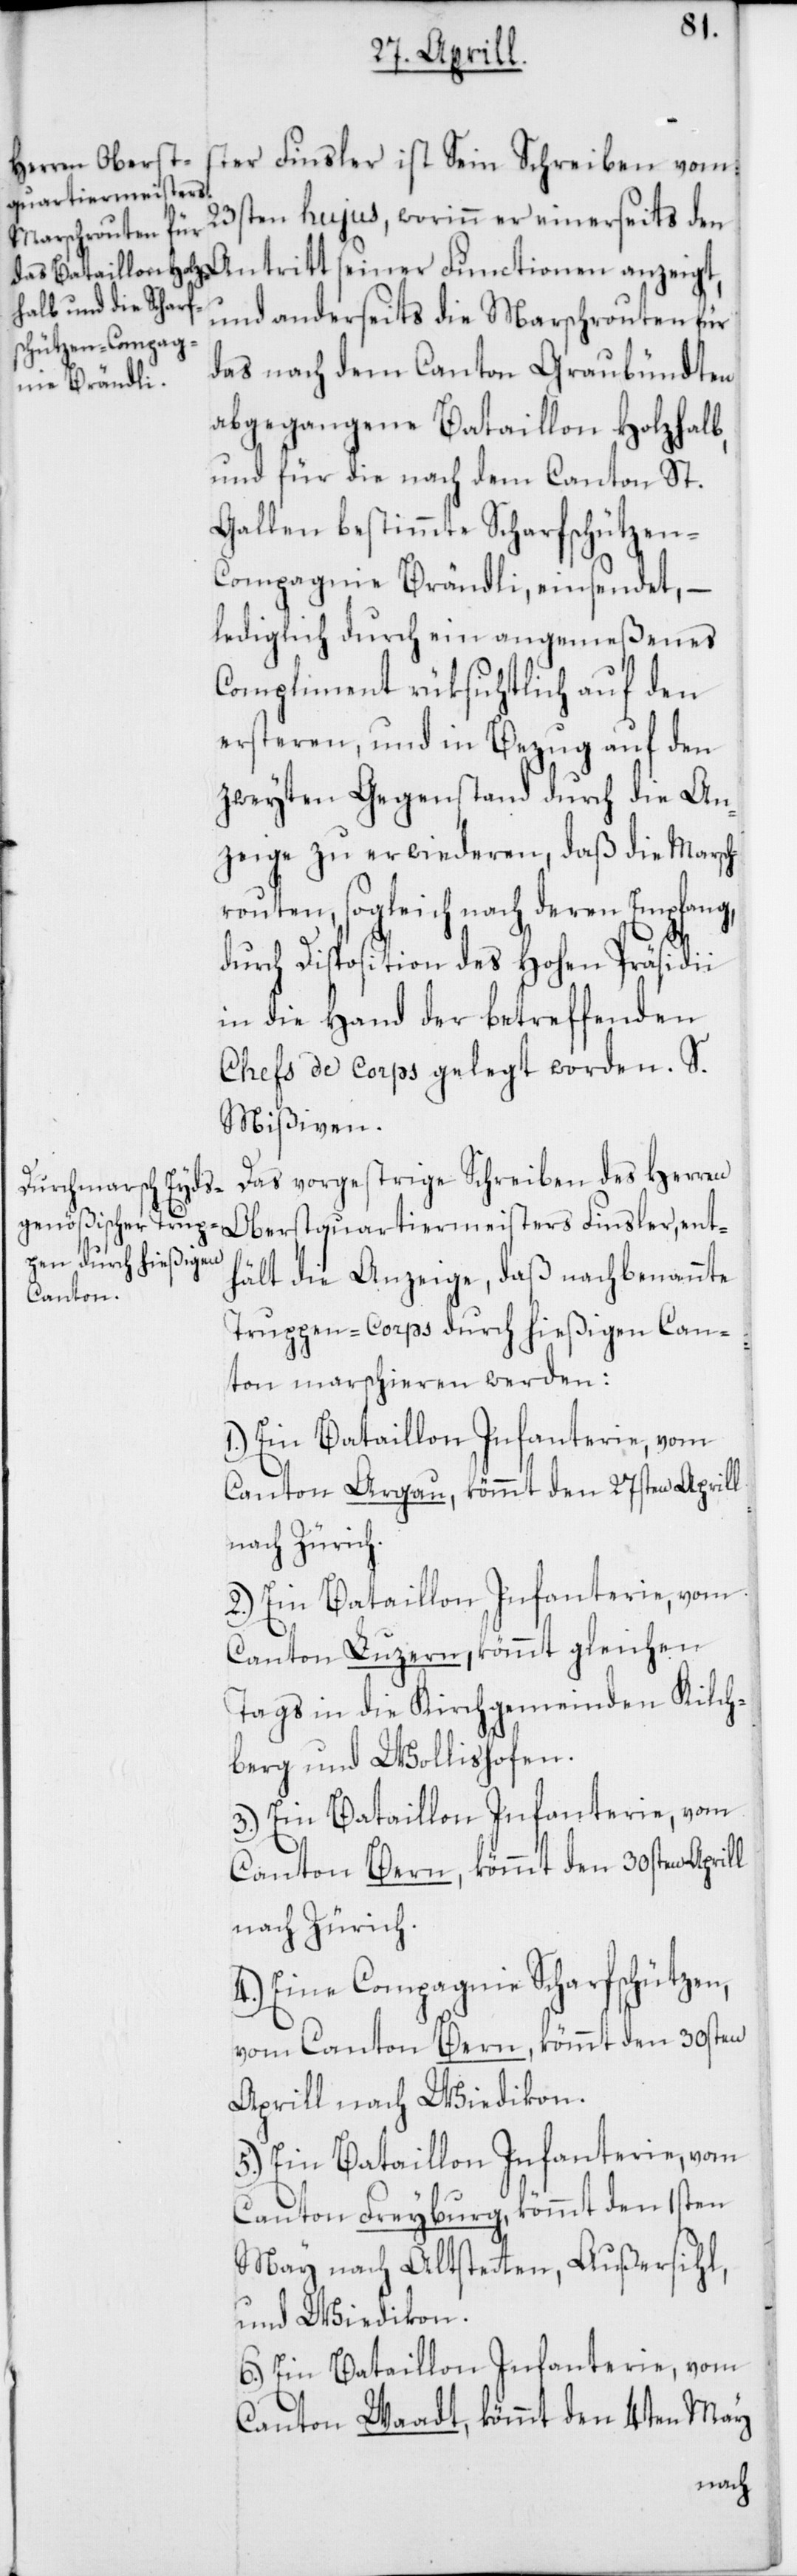
ster Finsler ist sein Schreiben vom
23sten hujus, worinn er einerseits den
Antritt seiner Functionen anzeigt,
und anderseits die Marschrouten für
das nach dem Canton Graubündten
abgegangene Bataillon Holzhalb,
und für die nach dem Canton St.
Gallen bestimmte Scharfschützen-C¬
ompagnie Brändli, einsendet, –
lediglich durch ein angemeßenes
Compliment rüksichtlich auf den
ersteren, und in Bezug auf den
zweyten Gegenstand durch die An¬
zeige zu erwiederen, daß die Marsc¬
hrouten, sogleich nach deren Empfang,
durch Disposition des hohen Präsidii
in die Hand der betreffenden
Chefs de Corps gelegt worden. S.
Mißiven.
Das vorgestrige Schreiben des Herren
Oberstquartiermeisters Finsler, ent¬
hält die Anzeige, daß nachbenannte
Truppen-Corps durch hießigen Can¬
ton marschieren werden:
1.) Ein Bataillon Infanterie, vom
Canton Argau, kömmt den 27sten Aprill
nach Zürich.
2.) Ein Bataillon Infanterie, vom
Canton Luzern, kömmt gleichen
Tags in die Kirchgemeinde Kilch¬
berg und Wollishofen.
3.) Ein Bataillon Infanterie, vom
Canton Bern, kömmt den 30sten Aprill
nach Zürich.
4.) Eine Compagnie Scharfschützen,
vom Canton Bern, kömmt den 30sten
Aprill nach Wiedikon.
5.) Ein Bataillon Infanterie, vom
Canton Freyburg, kömmt den 1sten
May nach Altsteten, Außersihl
und Wiedikon.
6.) Ein Bataillon Infanterie, vom
Canton Waadt, kömmt den 4ten May